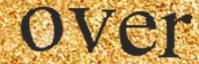
over